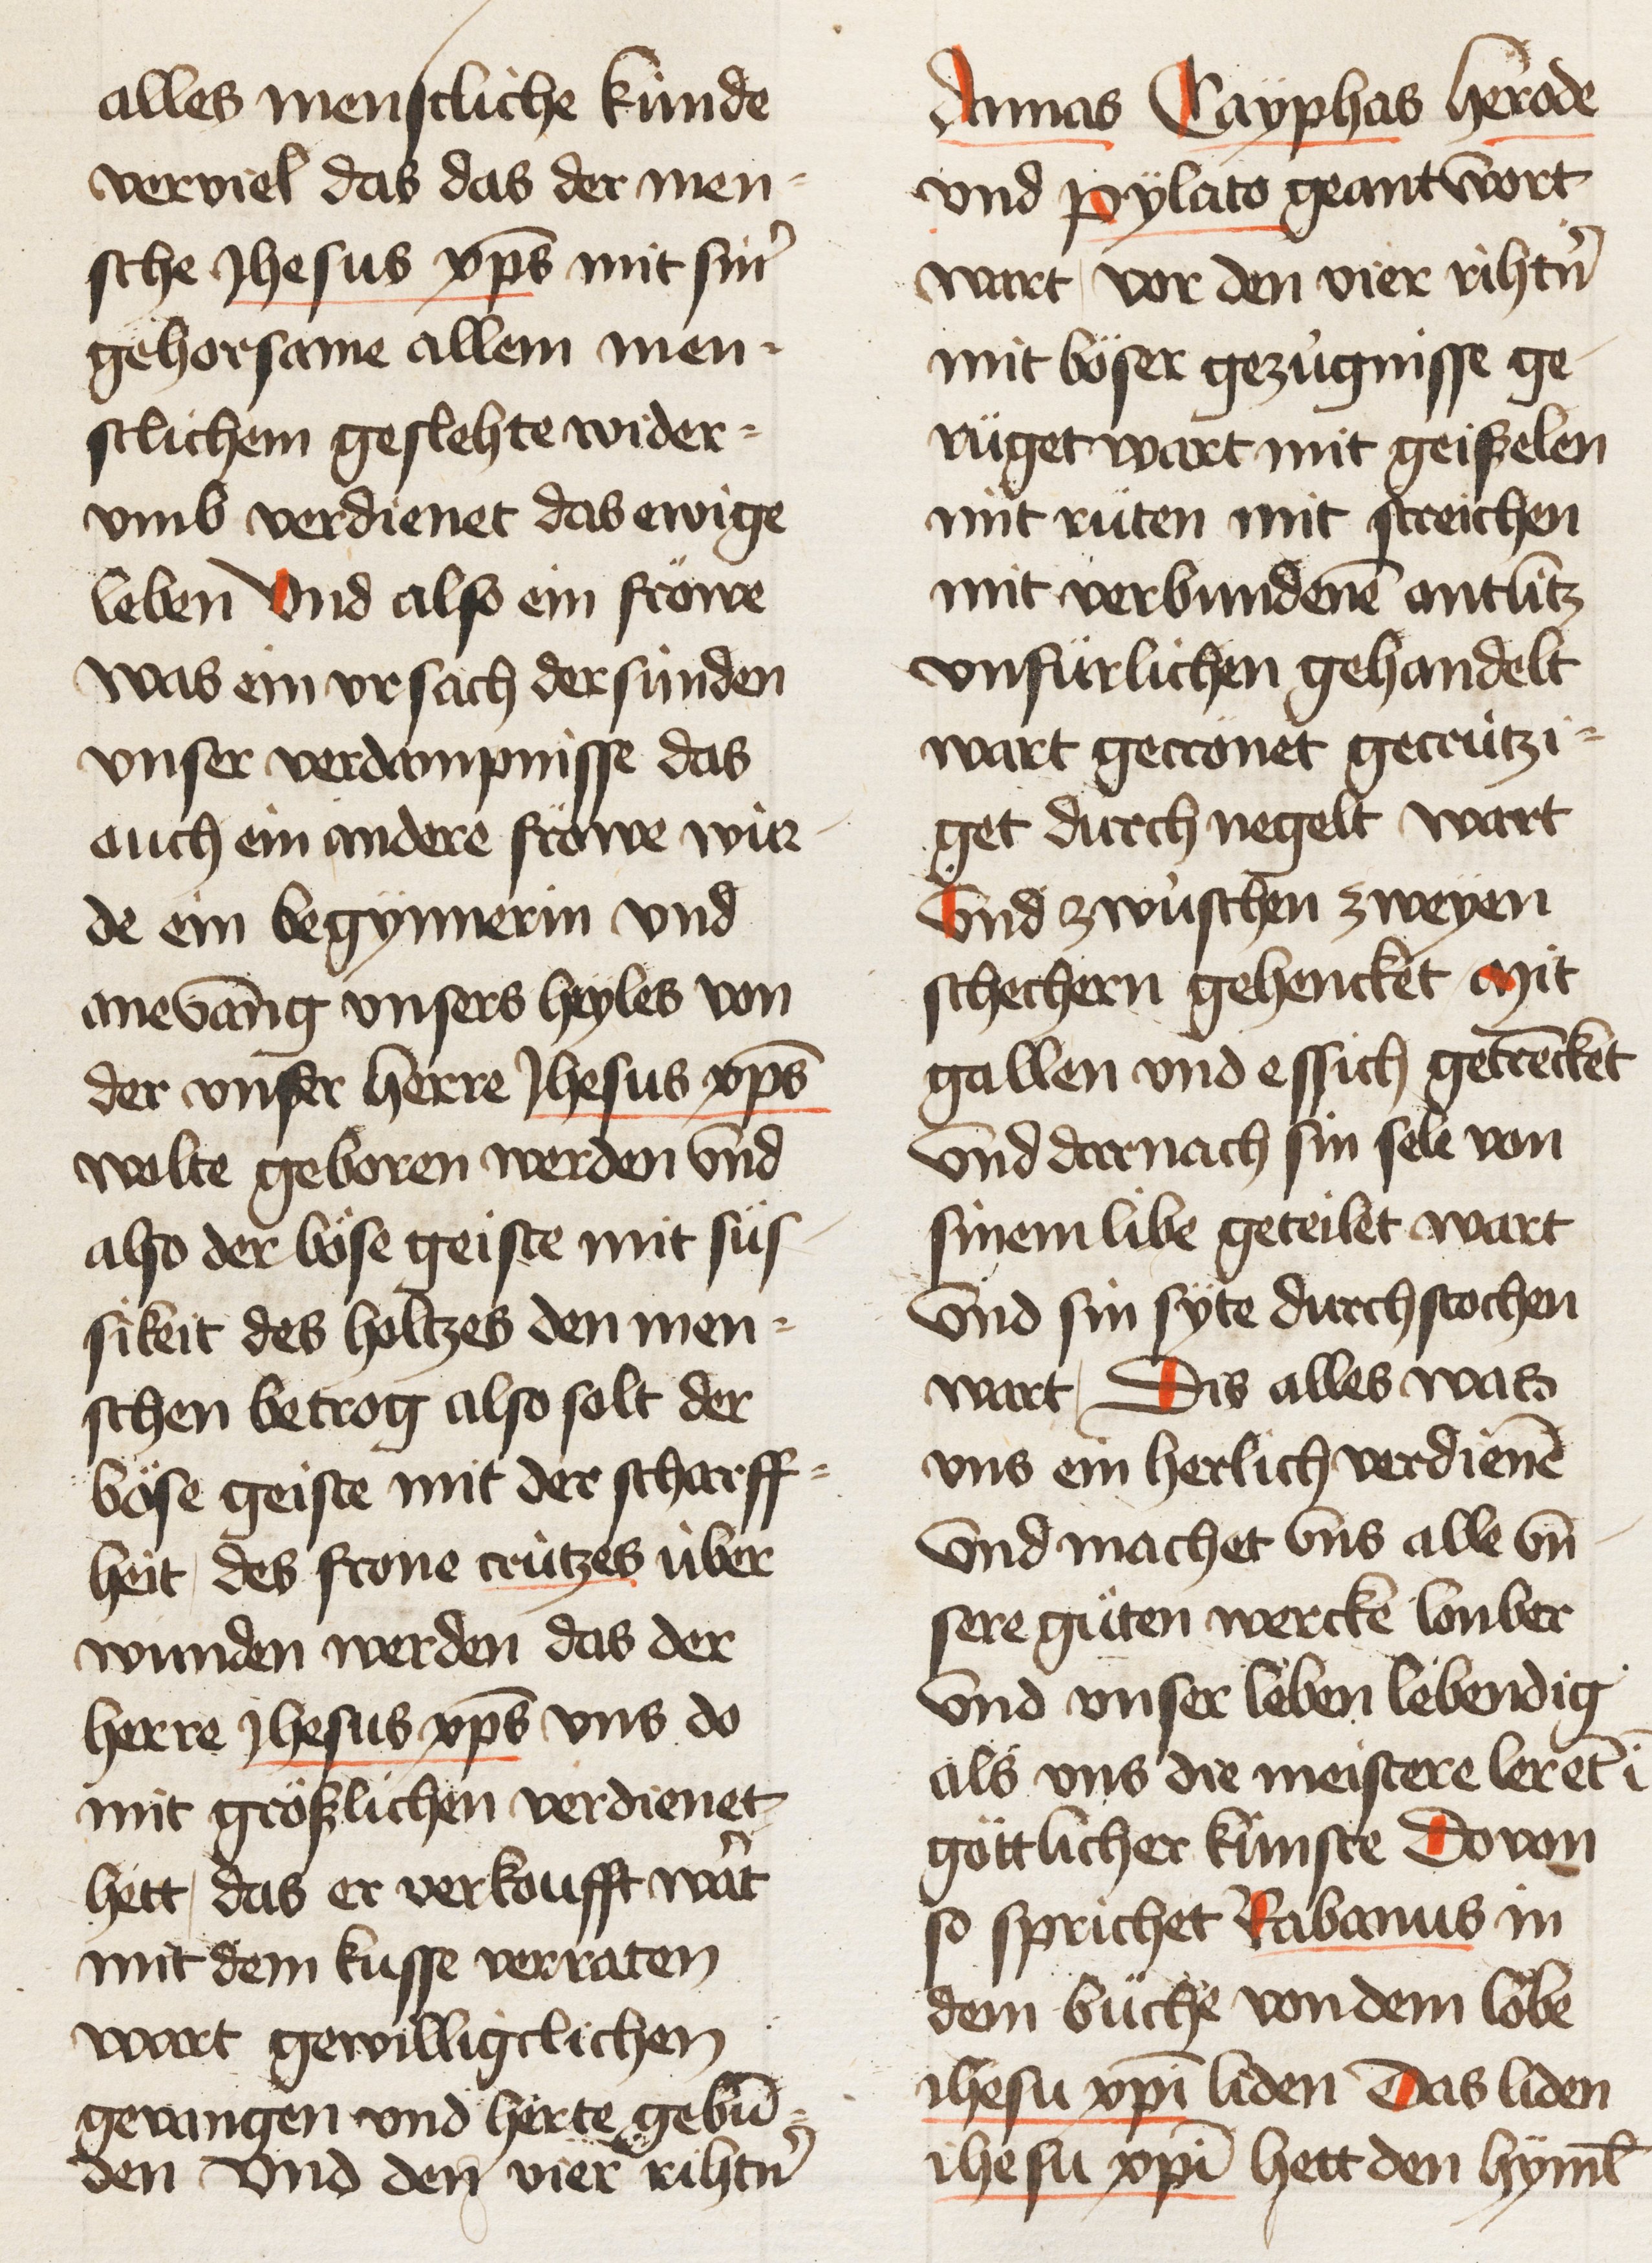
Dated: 1450–1499